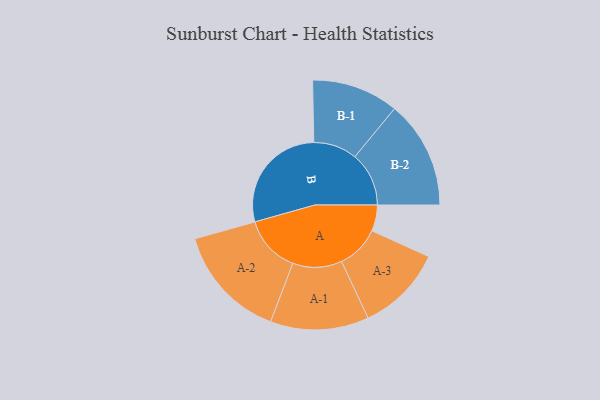
{"axis": {"x": "Segment", "y": "Value"}, "legend": ["", "A", "B"], "data": [{"x": "A", "y": 114, "type": ""}, {"x": "B", "y": 489, "type": ""}, {"x": "A-1", "y": 215, "type": "A"}, {"x": "A-2", "y": 250, "type": "A"}, {"x": "A-3", "y": 189, "type": "A"}, {"x": "B-1", "y": 190, "type": "B"}, {"x": "B-2", "y": 236, "type": "B"}]}